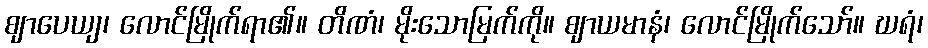
ဈာပေယျ၊ လောင်မြိုက်ရာ၏။ တိဏံ၊ မိုးသောမြက်ကို။ ဈာယမာနံ၊ လောင်မြိုက်သော်။ ဃရံ၊